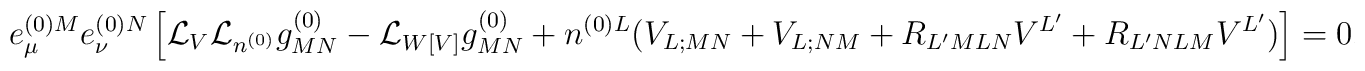
e^{(0)M}_{\mu}e^{(0)N}_{\nu}\left[	{\cal L}_V{\cal L}_{n^{(0)}}g^{(0)}_{MN}	- {\cal L}_{W[V]}g^{(0)}_{MN}	+ n^{(0)L}(V_{L;MN}+V_{L;NM}	+R_{L'MLN}V^{L'}+R_{L'NLM}V^{L'})\right]=0,